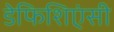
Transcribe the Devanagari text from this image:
डेफिशिएंसी